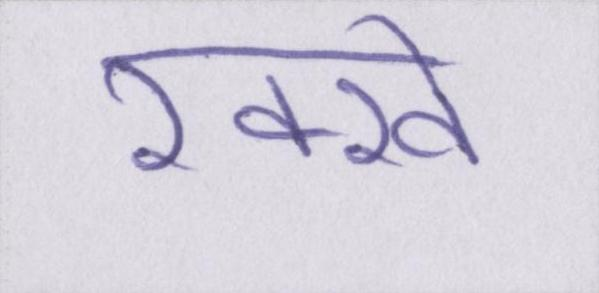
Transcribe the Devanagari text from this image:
रक्खे